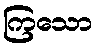
ကြသော